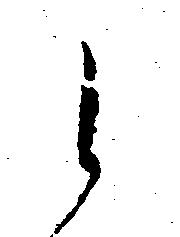
候